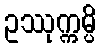
ဥဿုက္ကမ္ပိ